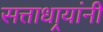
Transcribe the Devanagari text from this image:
सत्ताधार्‍यांनी